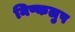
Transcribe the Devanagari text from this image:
निष्कलुष